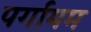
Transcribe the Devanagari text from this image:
पर्गामम